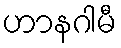
ဟာနဂါမီ